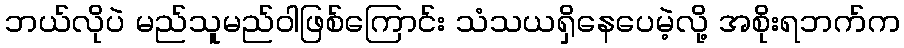
ဘယ်လိုပဲ မည်သူမည်ဝါဖြစ်ကြောင်း သံသယရှိနေပေမဲ့လို့ အစိုးရဘက်က